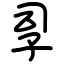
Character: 孠